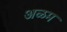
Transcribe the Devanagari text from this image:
अळम